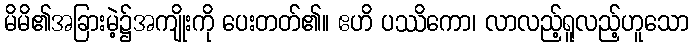
မိမိ၏အခြားမဲ့၌အကျိုးကို ပေးတတ်၏။ ဧဟိ ပဿိကော၊ လာလည့်ရူလည့်ဟူသော